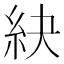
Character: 䊽